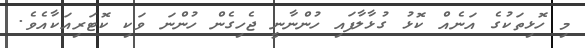
މި ހޮޅިތަކުގެ އަނެއް ކޮޅު ގުޅާލާފައި ހުންނާނީ ޖެހިގެން ހުންނަ ވަކި ކޮޓަރިއަކާއެވެ.